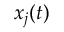
x _ { j } ( t )